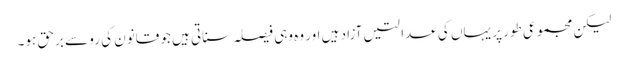
لیکن مجموعی طور پر یہاں کی عدالتیں آزاد ہیں اور وہ وہی فیصلہ سناتی ہیں جو قانون کی رو سے برحق ہو۔